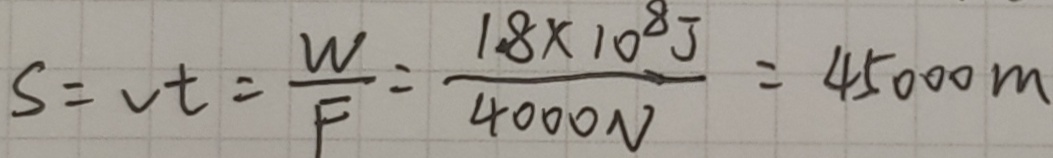
S = v t = \frac { W } { F } = \frac { 1 8 \times 1 0 ^ { 8 } J } { 4 0 0 0 N } = 4 5 0 0 0 m